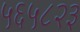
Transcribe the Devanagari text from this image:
५६५८२३